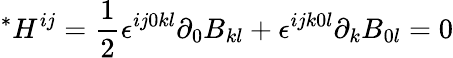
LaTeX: {}^{*}H^{ij}=\frac{1}{2}\epsilon^{ij0kl}\partial_{0}B_{kl}+\epsilon^{ijk0l}\partial_{k}B_{0l}=0